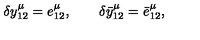
\delta y _ { 1 2 } ^ { \mu } = e _ { 1 2 } ^ { \mu } , \qquad \delta \bar { y } _ { 1 2 } ^ { \mu } = \bar { e } _ { 1 2 } ^ { \mu } ,